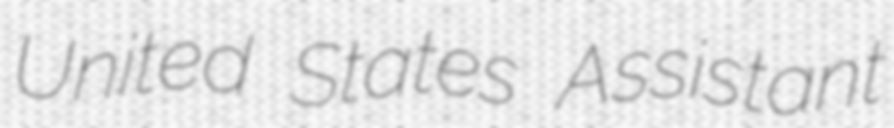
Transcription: United States Assistant